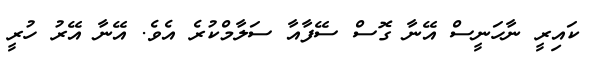
ކައިރީ ނާހަނީސް އޭނާ ގޮސް ސޭފާއާ ސަލާމްކުރެ އެވެ. އޭނާ އޭރު ހުރީ